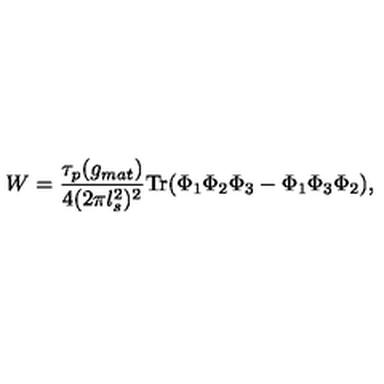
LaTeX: W = \frac { \tau _ { p } ( g _ { m a t } ) } { 4 ( 2 \pi l _ { s } ^ { 2 } ) ^ { 2 } } \mathrm { T r } ( \Phi _ { 1 } \Phi _ { 2 } \Phi _ { 3 } - \Phi _ { 1 } \Phi _ { 3 } \Phi _ { 2 } ) ,